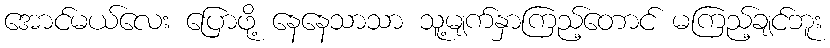
အောင်မယ်လေး ပြောဖို့ နေနေသာသာ သူ့မျက်နှာကြည့်တောင် မကြည့်ချင်ဘူး